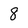
Character: 8